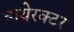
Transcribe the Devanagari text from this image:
डायेरक्टर